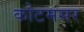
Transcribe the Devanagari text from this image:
कोटमसर